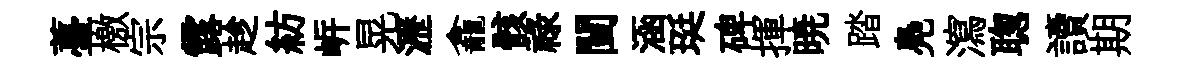
薹檄宗露趁紡㟁晃瀝龕骸禄闉涵珽碑揮暁踏鳧瀉聦讀期